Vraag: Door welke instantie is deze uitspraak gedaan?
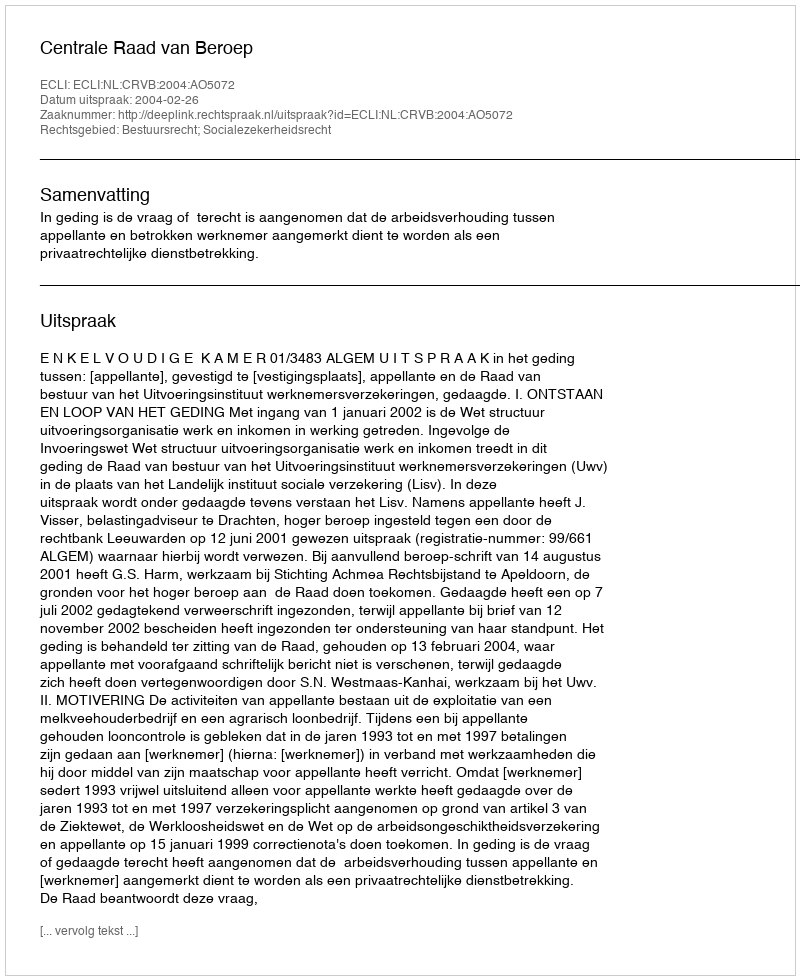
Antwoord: Centrale Raad van Beroep